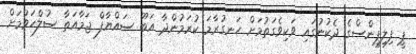
ޕީ ފިލިޕީންސްގެ ދެކުނުގައި ވަކިވެގަތުމަށް ހަނގުރާމަ ކުރަމުންދާ އަބޫ ސައްޔާފް ޖަމާއަތާ ސުލްހަވުމަށް